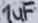
Text: 1uF